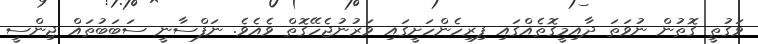
ވަގުތީ ގޮތުން ނުވަތަ ދާއިމީގޮތެއްގައި ފިރިހެންހަށީގައި ވަރުނުޖެހޭގޮތް ވެއެވެ. ނަފްސާނީ ސަބަބުތައް ޖިންސީ